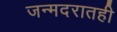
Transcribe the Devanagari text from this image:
जन्मदरातही